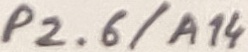
Text: P2.6/A14